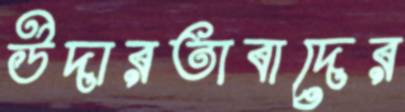
উদারতাবাদের